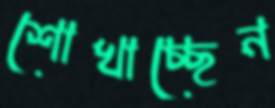
শোখাচ্ছেন